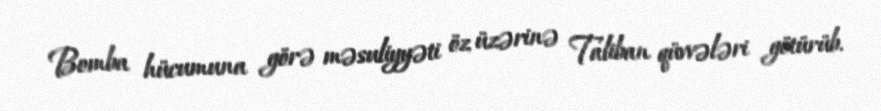
Bomba hücumuna görə məsuliyyəti öz üzərinə Taliban qüvvələri götürüb.